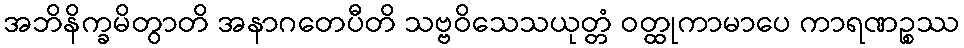
အဘိနိက္ခမိတွာတိ အနာဂတေပီတိ သဗ္ဗဝိသေသယုတ္တံ ဝတ္ထုကာမာပေ ကာရဏဉ္စဿ